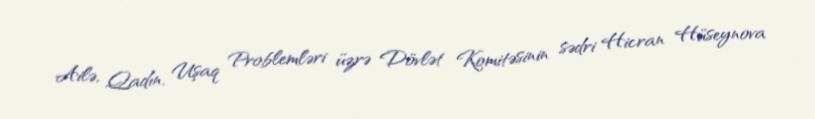
Ailə, Qadın, Uşaq Problemləri üzrə Dövlət Komitəsinin sədri Hicran Hüseynova